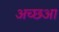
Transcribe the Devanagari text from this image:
अच्छआ